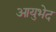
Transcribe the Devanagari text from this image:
आयुभेद